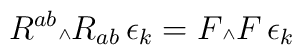
R^{ab}\mbox{\tiny $\wedge$} R_{ab}\, \epsilon_k = F\mbox{\tiny $\wedge$} F\, \epsilon_k